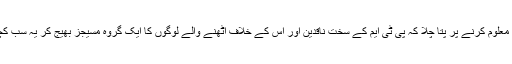
پھر اس کے بعد معلوم کرنے پر پتا چلا کہ پی ٹی ایم کے سخت ناقدین اور اس کے خلاف اٹھنے والے لوگوں کا ایک گروہ مسیجز بھیج کر یہ سب کچھ کروا رہا ہے۔